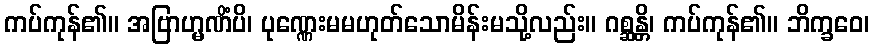
ကပ်ကုန်၏။ အဗြာဟ္မဏိံပိ၊ ပုဏ္ဏေးမမဟုတ်သောမိန်းမသို့လည်း။ ဂစ္ဆန္တိ၊ ကပ်ကုန်၏။ ဘိက္ခဝေ၊